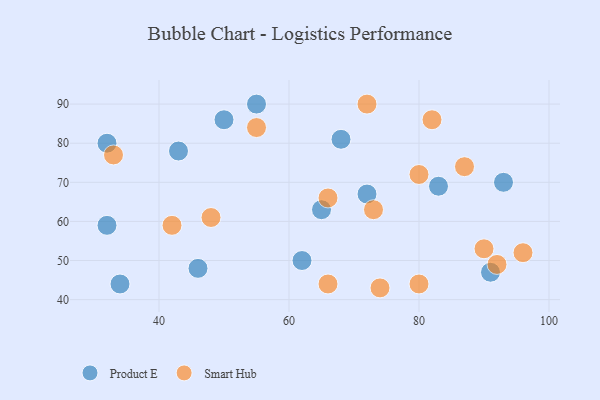
{"axis": {"x": "GDP", "y": "Life Expectancy"}, "legend": ["Product E", "Smart Hub"], "data": [{"x": "68", "y": 81, "type": "Product E"}, {"x": "72", "y": 67, "type": "Product E"}, {"x": "65", "y": 63, "type": "Product E"}, {"x": "50", "y": 86, "type": "Product E"}, {"x": "46", "y": 48, "type": "Product E"}, {"x": "34", "y": 44, "type": "Product E"}, {"x": "55", "y": 90, "type": "Product E"}, {"x": "91", "y": 47, "type": "Product E"}, {"x": "32", "y": 59, "type": "Product E"}, {"x": "32", "y": 80, "type": "Product E"}, {"x": "43", "y": 78, "type": "Product E"}, {"x": "83", "y": 69, "type": "Product E"}, {"x": "62", "y": 50, "type": "Product E"}, {"x": "93", "y": 70, "type": "Product E"}, {"x": "96", "y": 52, "type": "Smart Hub"}, {"x": "48", "y": 61, "type": "Smart Hub"}, {"x": "92", "y": 49, "type": "Smart Hub"}, {"x": "80", "y": 44, "type": "Smart Hub"}, {"x": "90", "y": 53, "type": "Smart Hub"}, {"x": "87", "y": 74, "type": "Smart Hub"}, {"x": "55", "y": 84, "type": "Smart Hub"}, {"x": "80", "y": 72, "type": "Smart Hub"}, {"x": "72", "y": 90, "type": "Smart Hub"}, {"x": "74", "y": 43, "type": "Smart Hub"}, {"x": "82", "y": 86, "type": "Smart Hub"}, {"x": "73", "y": 63, "type": "Smart Hub"}, {"x": "66", "y": 66, "type": "Smart Hub"}, {"x": "66", "y": 44, "type": "Smart Hub"}, {"x": "42", "y": 59, "type": "Smart Hub"}, {"x": "33", "y": 77, "type": "Smart Hub"}]}